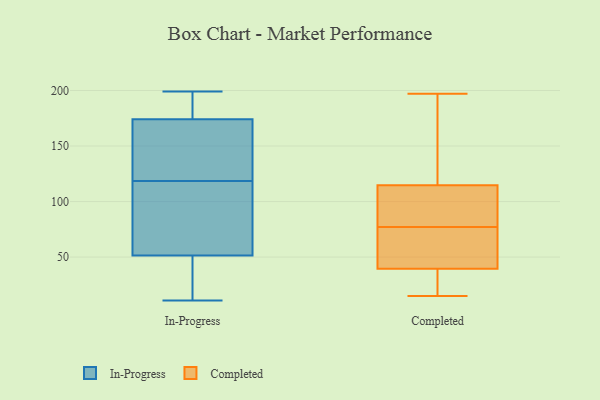
{"axis": {"x": "Bounce Rate (%)", "y": "Value"}, "legend": ["Completed", "In-Progress"], "data": [{"x": "", "y": 25, "type": "In-Progress"}, {"x": "", "y": 165, "type": "In-Progress"}, {"x": "", "y": 143, "type": "In-Progress"}, {"x": "", "y": 127, "type": "In-Progress"}, {"x": "", "y": 47, "type": "In-Progress"}, {"x": "", "y": 11, "type": "In-Progress"}, {"x": "", "y": 70, "type": "In-Progress"}, {"x": "", "y": 26, "type": "In-Progress"}, {"x": "", "y": 183, "type": "In-Progress"}, {"x": "", "y": 140, "type": "In-Progress"}, {"x": "", "y": 54, "type": "In-Progress"}, {"x": "", "y": 49, "type": "In-Progress"}, {"x": "", "y": 110, "type": "In-Progress"}, {"x": "", "y": 105, "type": "In-Progress"}, {"x": "", "y": 189, "type": "In-Progress"}, {"x": "", "y": 184, "type": "In-Progress"}, {"x": "", "y": 99, "type": "In-Progress"}, {"x": "", "y": 143, "type": "In-Progress"}, {"x": "", "y": 199, "type": "In-Progress"}, {"x": "", "y": 187, "type": "In-Progress"}, {"x": "", "y": 77, "type": "Completed"}, {"x": "", "y": 105, "type": "Completed"}, {"x": "", "y": 15, "type": "Completed"}, {"x": "", "y": 80, "type": "Completed"}, {"x": "", "y": 55, "type": "Completed"}, {"x": "", "y": 148, "type": "Completed"}, {"x": "", "y": 117, "type": "Completed"}, {"x": "", "y": 114, "type": "Completed"}, {"x": "", "y": 29, "type": "Completed"}, {"x": "", "y": 35, "type": "Completed"}, {"x": "", "y": 140, "type": "Completed"}, {"x": "", "y": 41, "type": "Completed"}, {"x": "", "y": 197, "type": "Completed"}, {"x": "", "y": 66, "type": "Completed"}, {"x": "", "y": 104, "type": "Completed"}, {"x": "", "y": 29, "type": "Completed"}, {"x": "", "y": 66, "type": "Completed"}]}